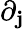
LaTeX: \partial_{\mathbf{j}}